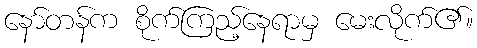
နော်တန်က စိုက်ကြည့်နေရာမှ မေးလိုက်၏။